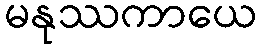
မနုဿကာယေ